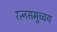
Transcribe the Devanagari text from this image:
रत्नसमुच्चय